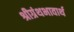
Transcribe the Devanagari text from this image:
श्रीग्रंथभावार्थ